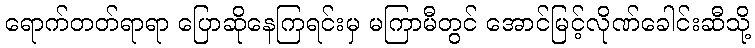
ရောက်တတ်ရာရာ ပြောဆိုနေကြရင်းမှ မကြာမီတွင် အောင်မြင့်လိုဏ်ခေါင်းဆီသို့